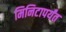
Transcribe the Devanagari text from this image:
मिनिटापर्यंत